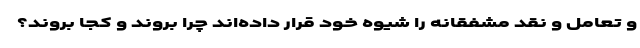
و تعامل و نقد مشفقانه را شیوه خود قرار داده‌اند چرا بروند و کجا بروند؟